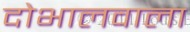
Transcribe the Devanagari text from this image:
दोभालवाला